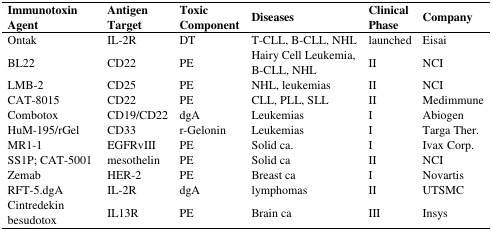
| Immunotoxin Agent | Antigen Target | Toxic Component | Diseases | Clinical Phase | Company |
 | --- | --- | --- | --- | --- | --- |
 | Ontak | IL-2R | DT | T-CLL, B-CLL, NHL | launched | Eisai |
 | BL22 | CD22 | PE | Hairy Cell Leukemia, B-CLL, NHL | II | NCI |
 | LMB-2 | CD25 | PE | NHL, leukemias | II | NCI |
 | CAT-8015 | CD22 | PE | CLL, PLL, SLL | II | Medimmune |
 | Combotox | CD19/CD22 | dgA | Leukemias | I | Abiogen |
 | HuM-195/rGel | CD33 | r-Gelonin | Leukemias | I | Targa Ther. |
 | MR1-1 | EGFRvIII | PE | Solid ca. | I | Ivax Corp. |
 | SS1P; CAT-5001 | mesothelin | PE | Solid ca | II | NCI |
 | Zemab | HER-2 | PE | Breast ca | I | Novartis |
 | RFT-5.dgA | IL-2R | dgA | lymphomas | II | UTSMC |
 | Cintredekin besudotox | IL13R | PE | Brain ca | III | Insys |